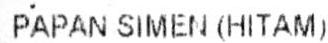
PAPAN SIMEN (HITAM)